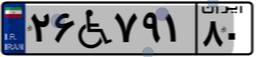
۶۷W۳۰۶۷۶